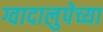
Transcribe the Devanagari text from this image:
ग्वादालुपेच्या